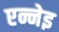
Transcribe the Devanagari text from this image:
एन्नेइ